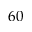
6 0